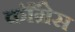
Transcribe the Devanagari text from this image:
कॉँंग्रेस